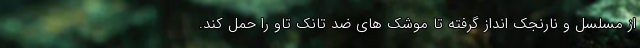
از مسلسل و نارنجک انداز گرفته تا موشک های ضد تانک تاو را حمل کند.